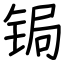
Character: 锔